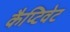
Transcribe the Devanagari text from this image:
कैप्टिवेट